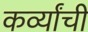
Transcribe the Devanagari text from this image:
कर्व्यांची